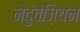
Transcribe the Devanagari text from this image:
नेदुंचेज़ियन